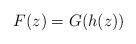
LaTeX: \begin{align*}F(z)=G(h(z))\end{align*}